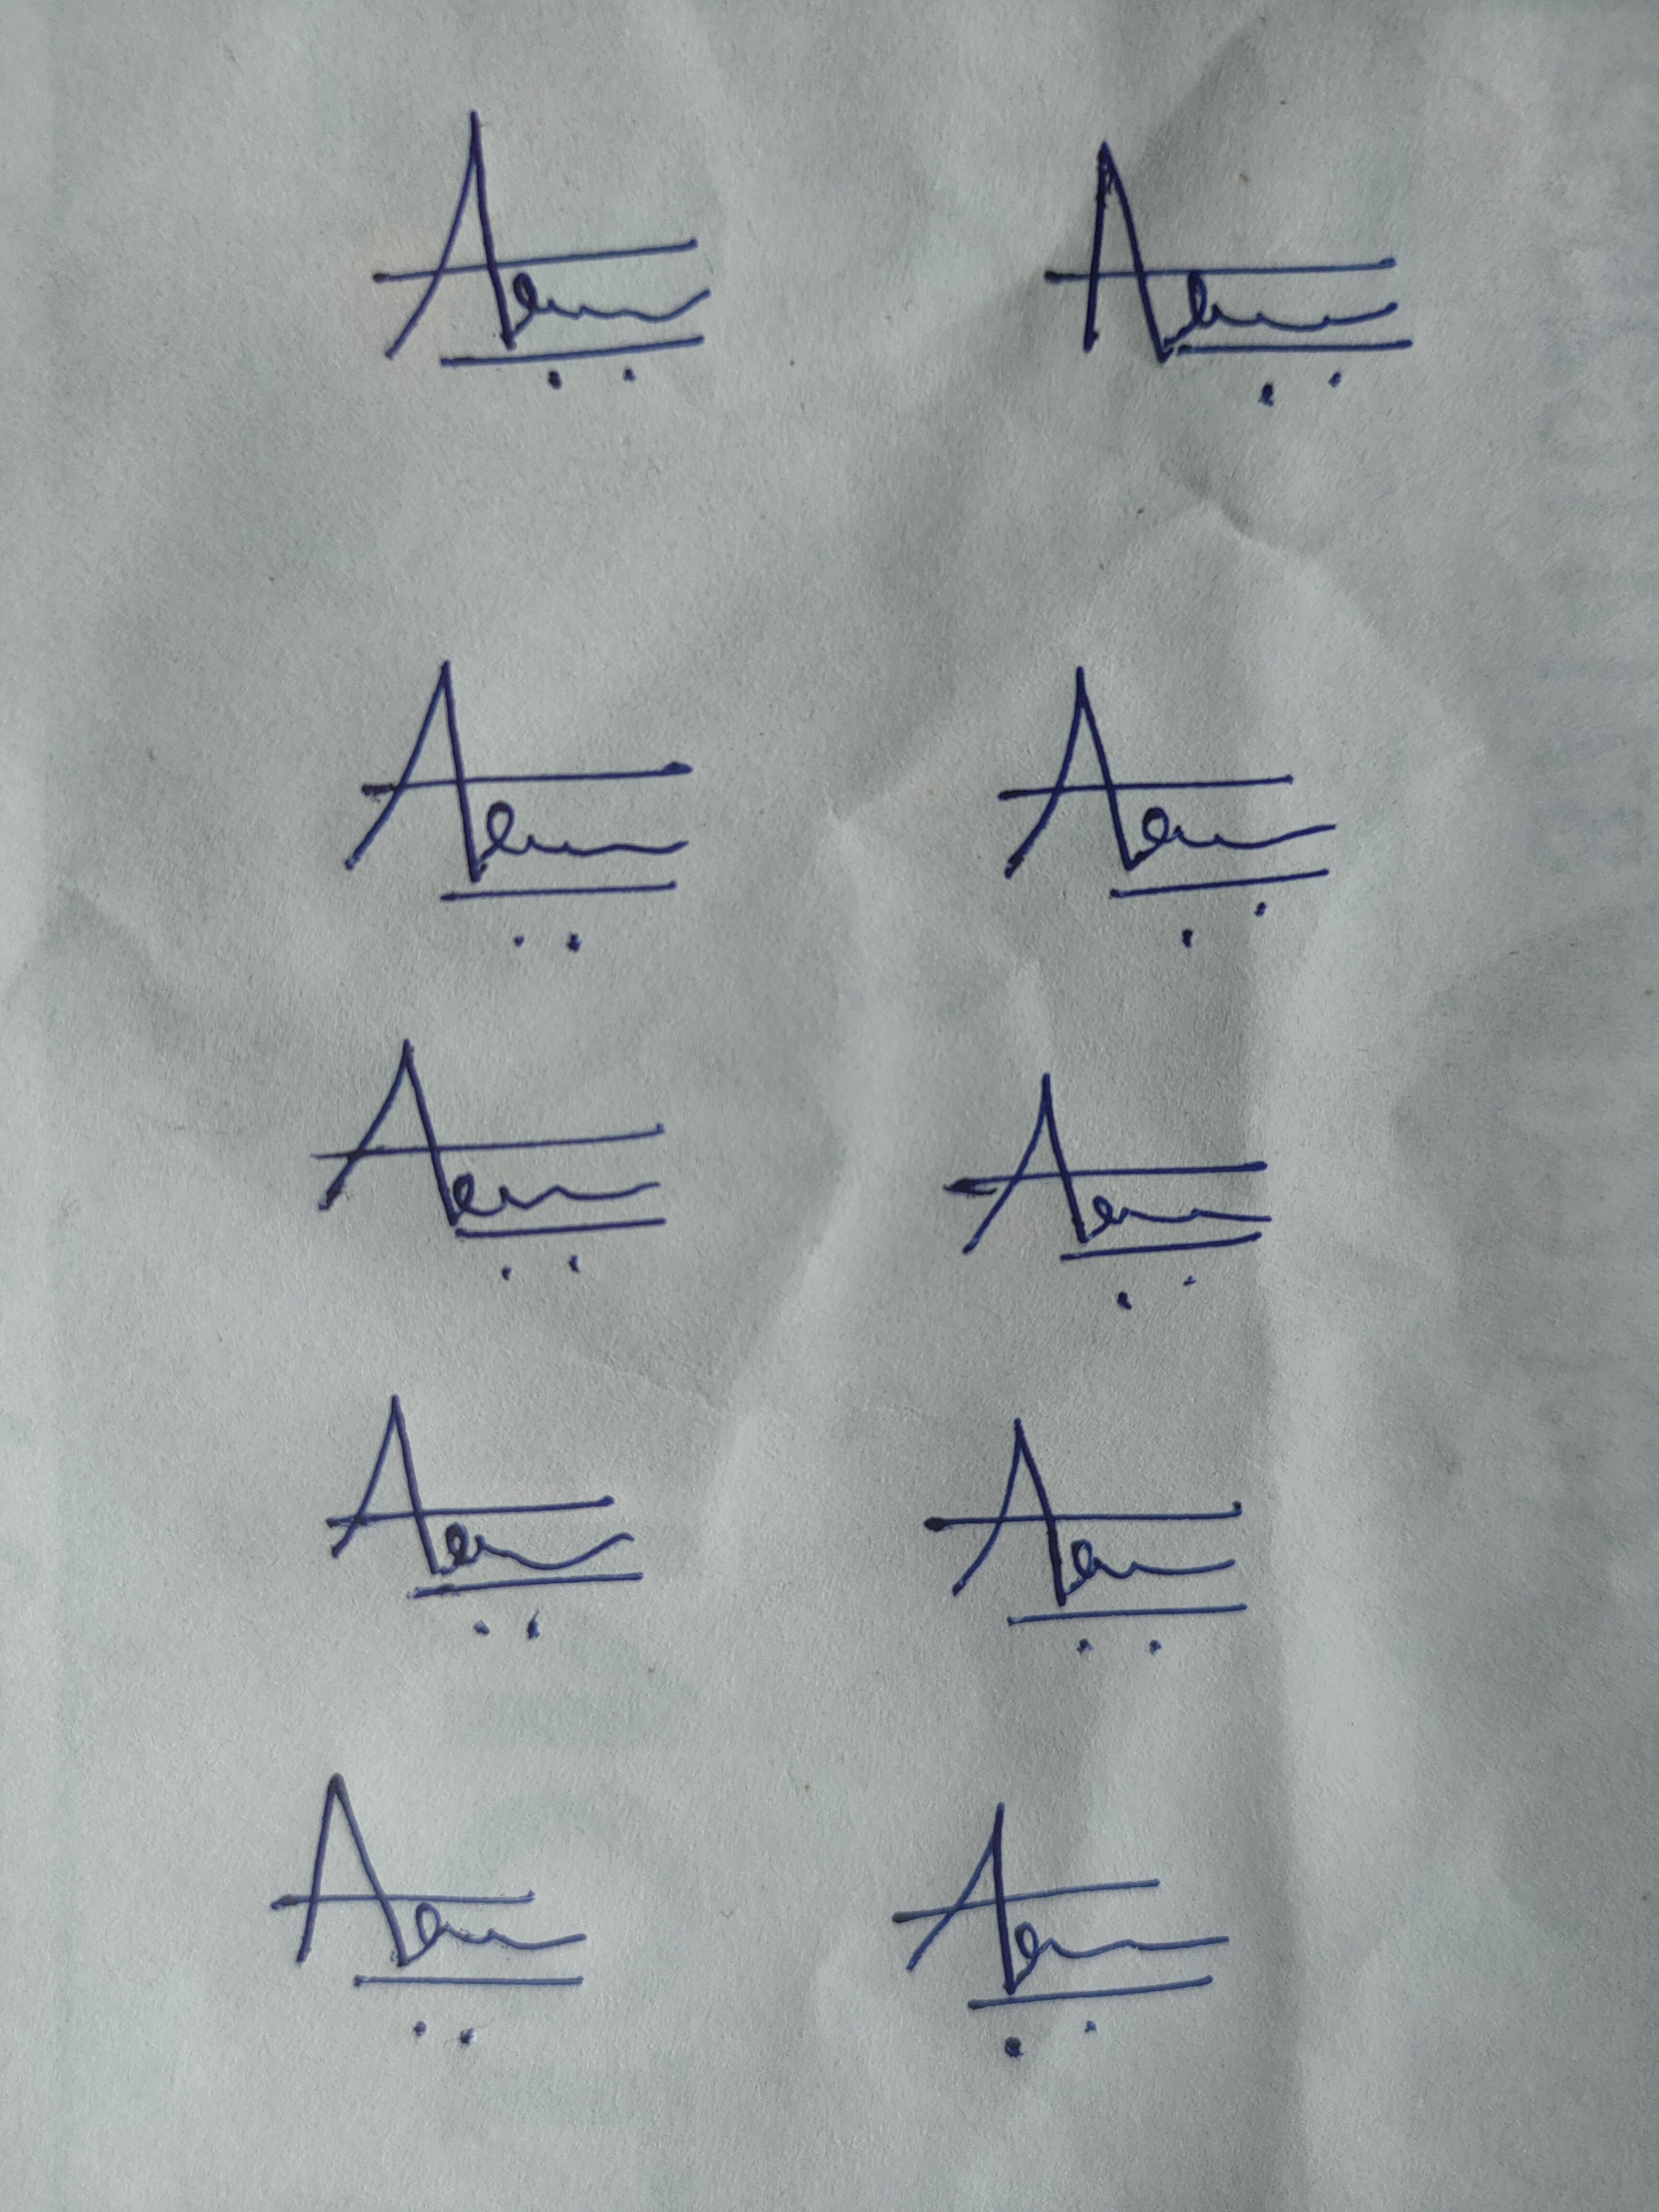
Signature authenticity: genuine